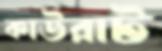
কাউরাট